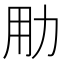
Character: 𱐮